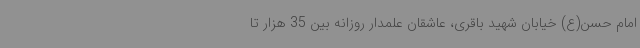
امام حسن(ع)‌ خیابان شهید باقری، عاشقان علمدار روزانه بین 35 هزار تا